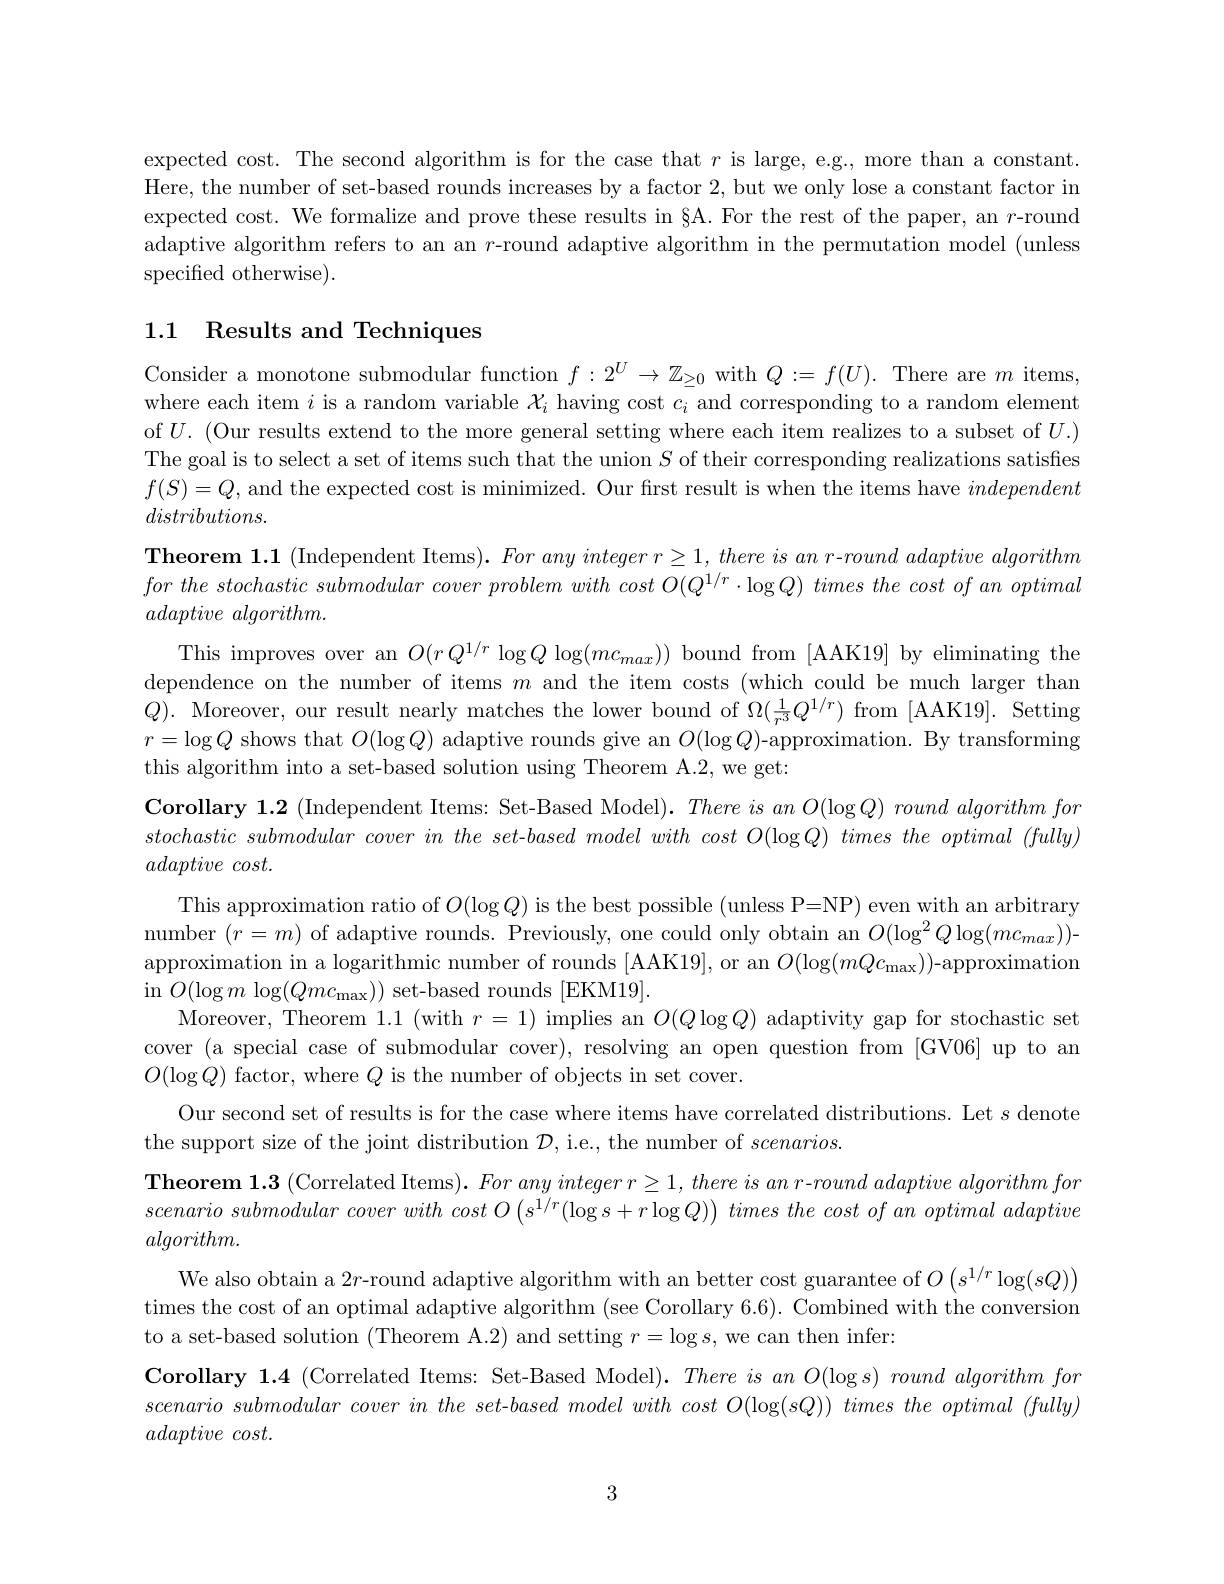
expected cost. The second algorithm is for the case that $r$ is large, e.g., more than a constant. Here, the number of set-based rounds increases by a factor 2, but we only lose a constant factor in expected cost. We formalize and prove these results in §A. For the rest of the paper, an $r$-round adaptive algorithm refers to an an $r$-round adaptive algorithm in the permutation model (unless specified otherwise).

## 1.1 Results and Techniques

Consider a monotone submodular function $f:2^U\to\mathbb{Z}_{\geq0}$ with $Q:=f(U).$ There are $m$ items, where each item $i$ is a random variable $\mathcal{X}_i$ having cost $c_i$ and corresponding to a random element of $U.$ (Our results extend to the more general setting where each item realizes to a subset of $U.)$ The goal is to select a set of items such that the union $S$ of their corresponding realizations satisfies $f(S)=Q$, and the expected cost is minimized. Our frst result is when the items have independent $distributions.$
$\textbf{Theorem 1. 1 ( Independent Items) . For any integer r1, there is an r- round adaptive algorithm}$ for the stochastic submodular cover problem with cost $O( Q^{1/ r}\cdot \log Q)$ times the cost $of$ $an$ optimal $adaptive\textit{ algorithm}.$
This improves over an $O(rQ^{1/r}\log Q\log(mc_{max}))$ bound from [AAK19] by eliminating the dependence on the number of items $m$ and the item costs (which could be much larger than $Q).$ Moreover, our result nearly matches the lower bound of $\Omega(\frac1{r^3}Q^{1/r})$ from [AAK19]. Setting $r=\log Q$ shows that $O(\log Q)$ adaptive rounds give an $O(\log Q)$-approximation. By transforming this algorithm into a set-based solution using Theorem A.2, we get:
$\textbf{Corollary 1. 2 ( Independent Items: Set- Based Model) . }ThereisanO( \log Q) \textit{ round algorithm for}$ stochastic submodular cover $in$ the $set- based$ model with cost $O( \log Q)$ times the optimal $( fully)$ $adaptive\textit{cost. }$
This approximation ratio of $O(\log Q)$ is the best possible (unless P=NP) even with an arbitrary number $(r=m)$ of adaptive rounds. Previously, one could only obtain an $O(\log^2Q\log(mc_{max}))$- approximation in a logarithmic number of rounds [AAK19], or an $O(\log(mQc_{\max}))$-approximation in $O(\log m\log(Qmc_{\mathrm{max}}))$ set-based rounds [EKM19].
Moreover, Theorem 1.1 (with $r=1)$ implies an $O(Q\log Q)$ adaptivity gap for stochastic set cover (a special case of submodular cover), resolving an open question from [GV06] up to an $O(\log Q)$ factor, where $Q$ is the number of objects in set cover.
Our second set of results is for the case where items have correlated distributions. Let $s$ denote
the support size of the joint distribution $\mathcal{D}$,i.e., the number of $scenarios.$
$\textbf{Theorem 1. 3 ( Correlated Items) . For any integer }r\geq 1, there\textit{is an r- round adaptive algorithm for}$ scenario submodular cover with cost $O\left ( s^{1/ r}( \log s+ r\log Q) \right )$ times the cost $of$ $an$ optimal adaptive $algorithm.$
We also obtain a 2r-round adaptive algorithm with an better cost guarantee of $O\left(s^{1/r}\log(sQ)\right)$ times the cost of an optimal adaptive algorithm (see Corollary 6.6). Combined with the conversion to a set-based solution (Theorem A.2) and setting $r=\log s$, we can then infer:
Corollary 1.4 (Correlated Items: Set-Based Model). $ThereisanO( \log s) \textit{round algorithm for}$ scenariosubmodular cover in the set-based model with cost O(log(sQ)) times the optimal (fully) $adaptive\textit{cost. }$

3